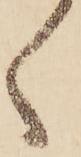
く